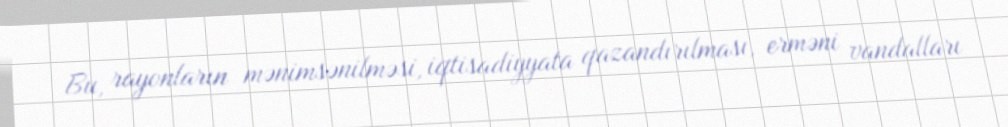
Bu, rayonların mənimsənilməsi, iqtisadiyyata qazandırılması, erməni vandalları